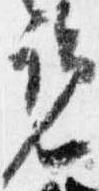
覧